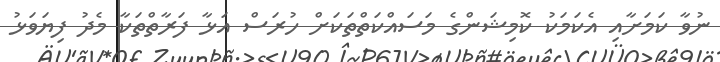
ނުވާ ކަމަށާއި އެކަމަކު ކޮމިޝަންގެ މަސައްކަތްތަކަށް ހުރަސް އަޅާ ފަރާތްތަކާ މެދު ފިޔަވަޅު